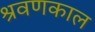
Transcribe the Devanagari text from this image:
श्रवणकाल